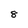
Character: 8